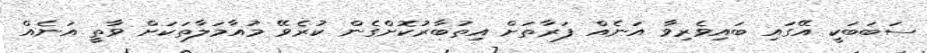
ސަބަބަކީ އޭގައި ބައިވެރިވާ އަނެއް ފަރާތަށް އިތުބާރުކޮށްގެން ކުރެވޭ މުއާމަލާތަކަށް ވާތީ އަނެއް